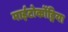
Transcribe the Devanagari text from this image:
माईटोकोंड्रिया